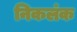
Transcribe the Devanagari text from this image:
निकलंक